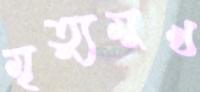
মৃত্যুমুখ